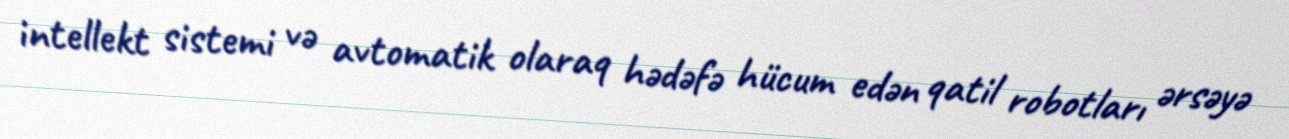
intellekt sistemi və avtomatik olaraq hədəfə hücum edən qatil robotları ərsəyə